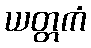
ယတ္တကံ